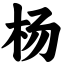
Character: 杨